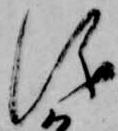
儀